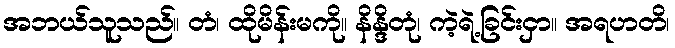
အဘယ်သူသည်။ တံ၊ ထိုမိန်းမကို။ နိန္ဒိတုံ၊ ကဲ့ရဲ့ခြင်းငှာ။ အရဟတိ၊